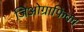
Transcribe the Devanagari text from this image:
जिओग्राफिका